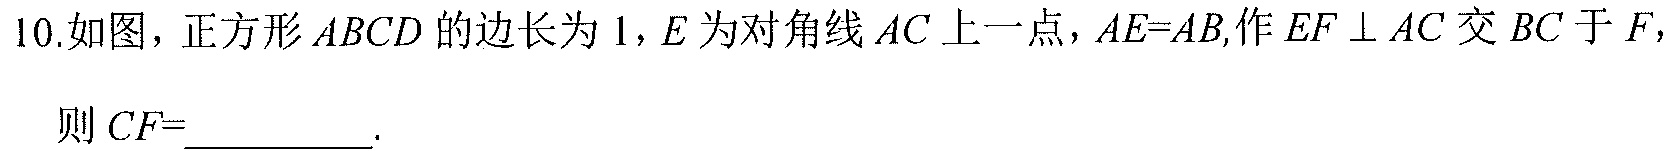
10.如图，正方形\(ABCD\)的边长为\(1\)，\(E\)为对角线\(AC\)上一点，\(AE = AB\)，作\(EF\perp AC\)交\(BC\)于\(F\)，则\(CF =\)__________.